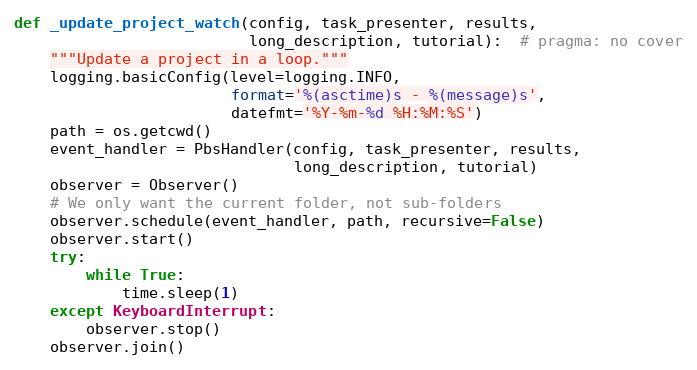
Language: Python
def _update_project_watch(config, task_presenter, results,
                          long_description, tutorial):  # pragma: no cover
    """Update a project in a loop."""
    logging.basicConfig(level=logging.INFO,
                        format='%(asctime)s - %(message)s',
                        datefmt='%Y-%m-%d %H:%M:%S')
    path = os.getcwd()
    event_handler = PbsHandler(config, task_presenter, results,
                               long_description, tutorial)
    observer = Observer()
    # We only want the current folder, not sub-folders
    observer.schedule(event_handler, path, recursive=False)
    observer.start()
    try:
        while True:
            time.sleep(1)
    except KeyboardInterrupt:
        observer.stop()
    observer.join()